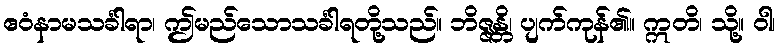
ဧဝံနာမသင်္ခါရာ၊ ဤမည်သောသင်္ခါရတို့သည်။ ဘိဇ္ဇန္တိ၊ ပျက်ကုန်၏။ ဣတိ၊ သို့။ ဝါ၊